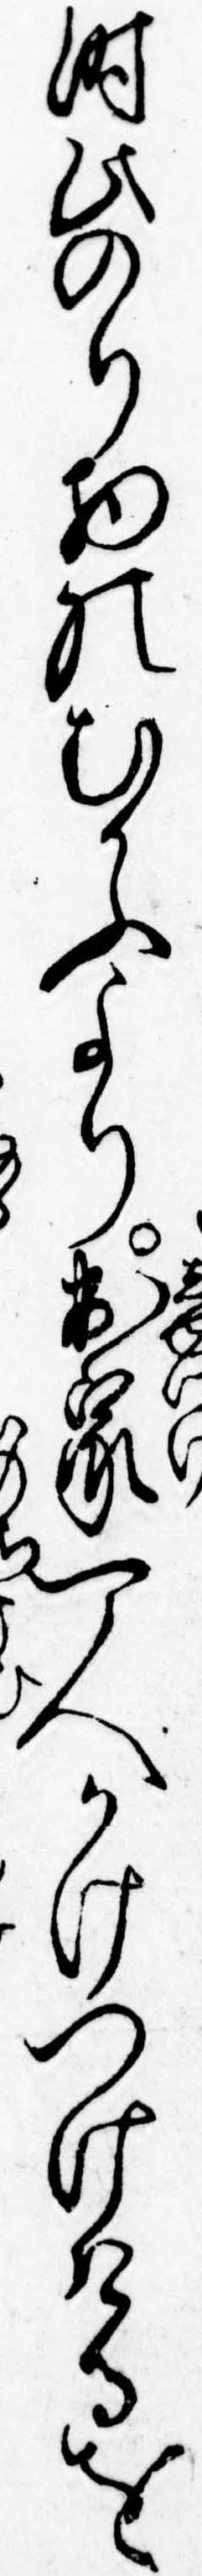
時比のり物のむかふより出家一人かけつけけるを